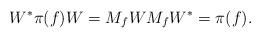
LaTeX: \begin{align*}W^* \pi(f) W = M_f W M_f W^* = \pi(f).\end{align*}